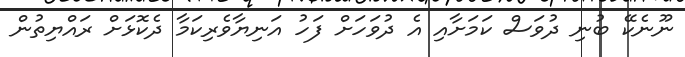
ނޫނެކޭ ބުނި ދުވަސް ކަމަށާއި އެ ދުވަހަށް ފަހު އަނިޔާވެރިކަމާ ދެކޮޅަށް ރައްޔިތުން